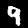
Label: 9